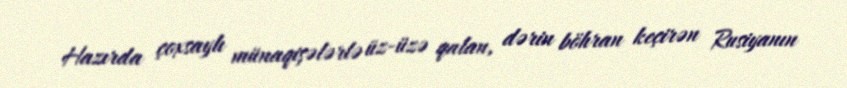
Hazırda çoxsaylı münaqişələrlə üz-üzə qalan, dərin böhran keçirən Rusiyanın